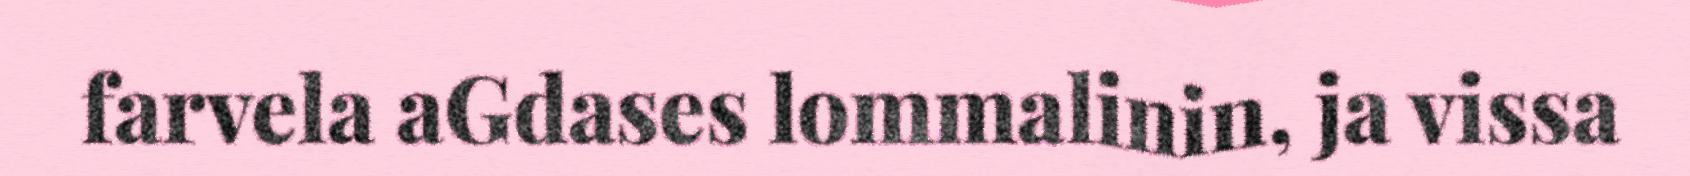
farvela aGdases lommalinin, ja vissa